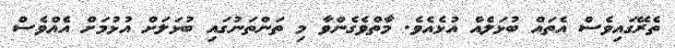
ތެރޭގައިވެސް އެތައް ބުޅަލެއް އުޅެއެވެ. މާތްވެގެންވާ މި ތަންތަނުގައި ބުޅަލަށް އުޅުމަށް އެއްވެސް